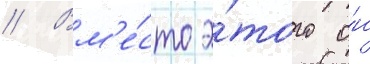
// Вм'е́сто э́того о́н